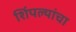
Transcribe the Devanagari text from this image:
शिंपल्यांचा